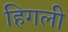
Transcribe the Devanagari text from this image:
हिगली